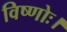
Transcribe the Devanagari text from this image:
विष्णोः।